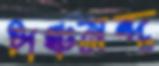
পঞ্চনন্দ